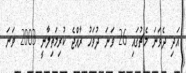
އަދި ދެވަނަ މެޗުގައި 26 ވަނަ ދުވަހު ރާއްޖެ ކުރިމަތިލާނީ 2003 ވަނަ